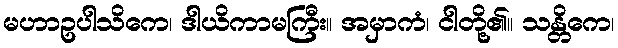
မဟာဥပါသိကေ၊ ဒါယိကာမကြီး။ အမှာကံ၊ ငါတို့၏။ သန္တိကေ၊